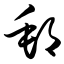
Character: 邮